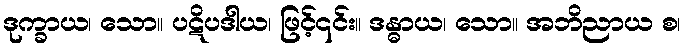
ဒုက္ခာယ၊ သော။ ပဋိပဒါယ၊ ဖြင့်၎င်း။ ဒန္ဓာယ၊ သော။ အဘိညာယ စ၊